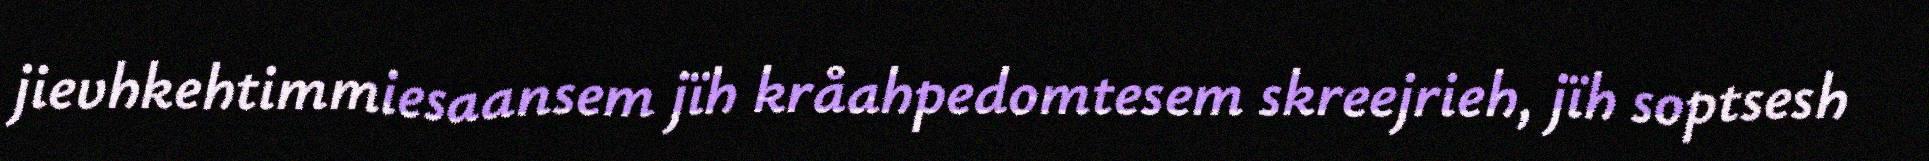
jievhkehtimmiesaansem jïh kråahpedomtesem skreejrieh, jïh soptsesh